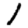
Digit: 1